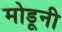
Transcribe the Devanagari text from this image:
मोडूनी